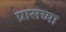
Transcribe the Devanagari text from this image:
ग्रासच्या